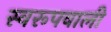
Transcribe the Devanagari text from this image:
स्वरूपवाली